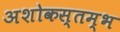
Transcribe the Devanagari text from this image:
अशोकस्तम्भ